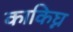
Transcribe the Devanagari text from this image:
काकिघ्न